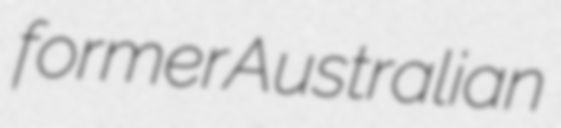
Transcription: former  Australian